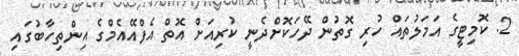
2. ކޮމިޓީގެ އަމަލުތައް ހުރި ގޮތުން ދޭހަކޮށްދެނީ ކުރިއަށް އޮތް އެފްއޭއެމްގެ އިންތިހާބުގައި